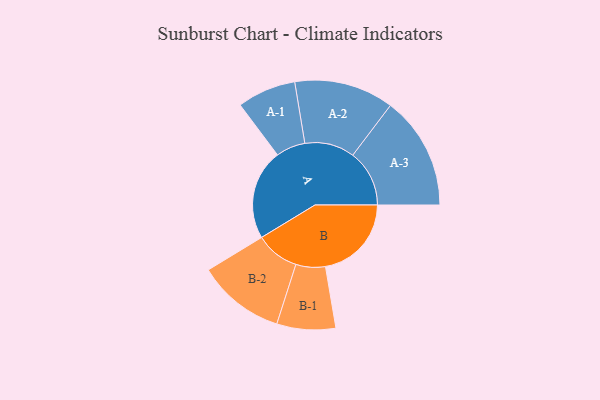
{"axis": {"x": "Segment", "y": "Value"}, "legend": ["", "A", "B"], "data": [{"x": "A", "y": 452, "type": ""}, {"x": "B", "y": 430, "type": ""}, {"x": "A-1", "y": 147, "type": "A"}, {"x": "A-2", "y": 249, "type": "A"}, {"x": "A-3", "y": 283, "type": "A"}, {"x": "B-1", "y": 147, "type": "B"}, {"x": "B-2", "y": 219, "type": "B"}]}